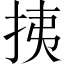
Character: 挗